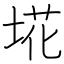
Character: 埖